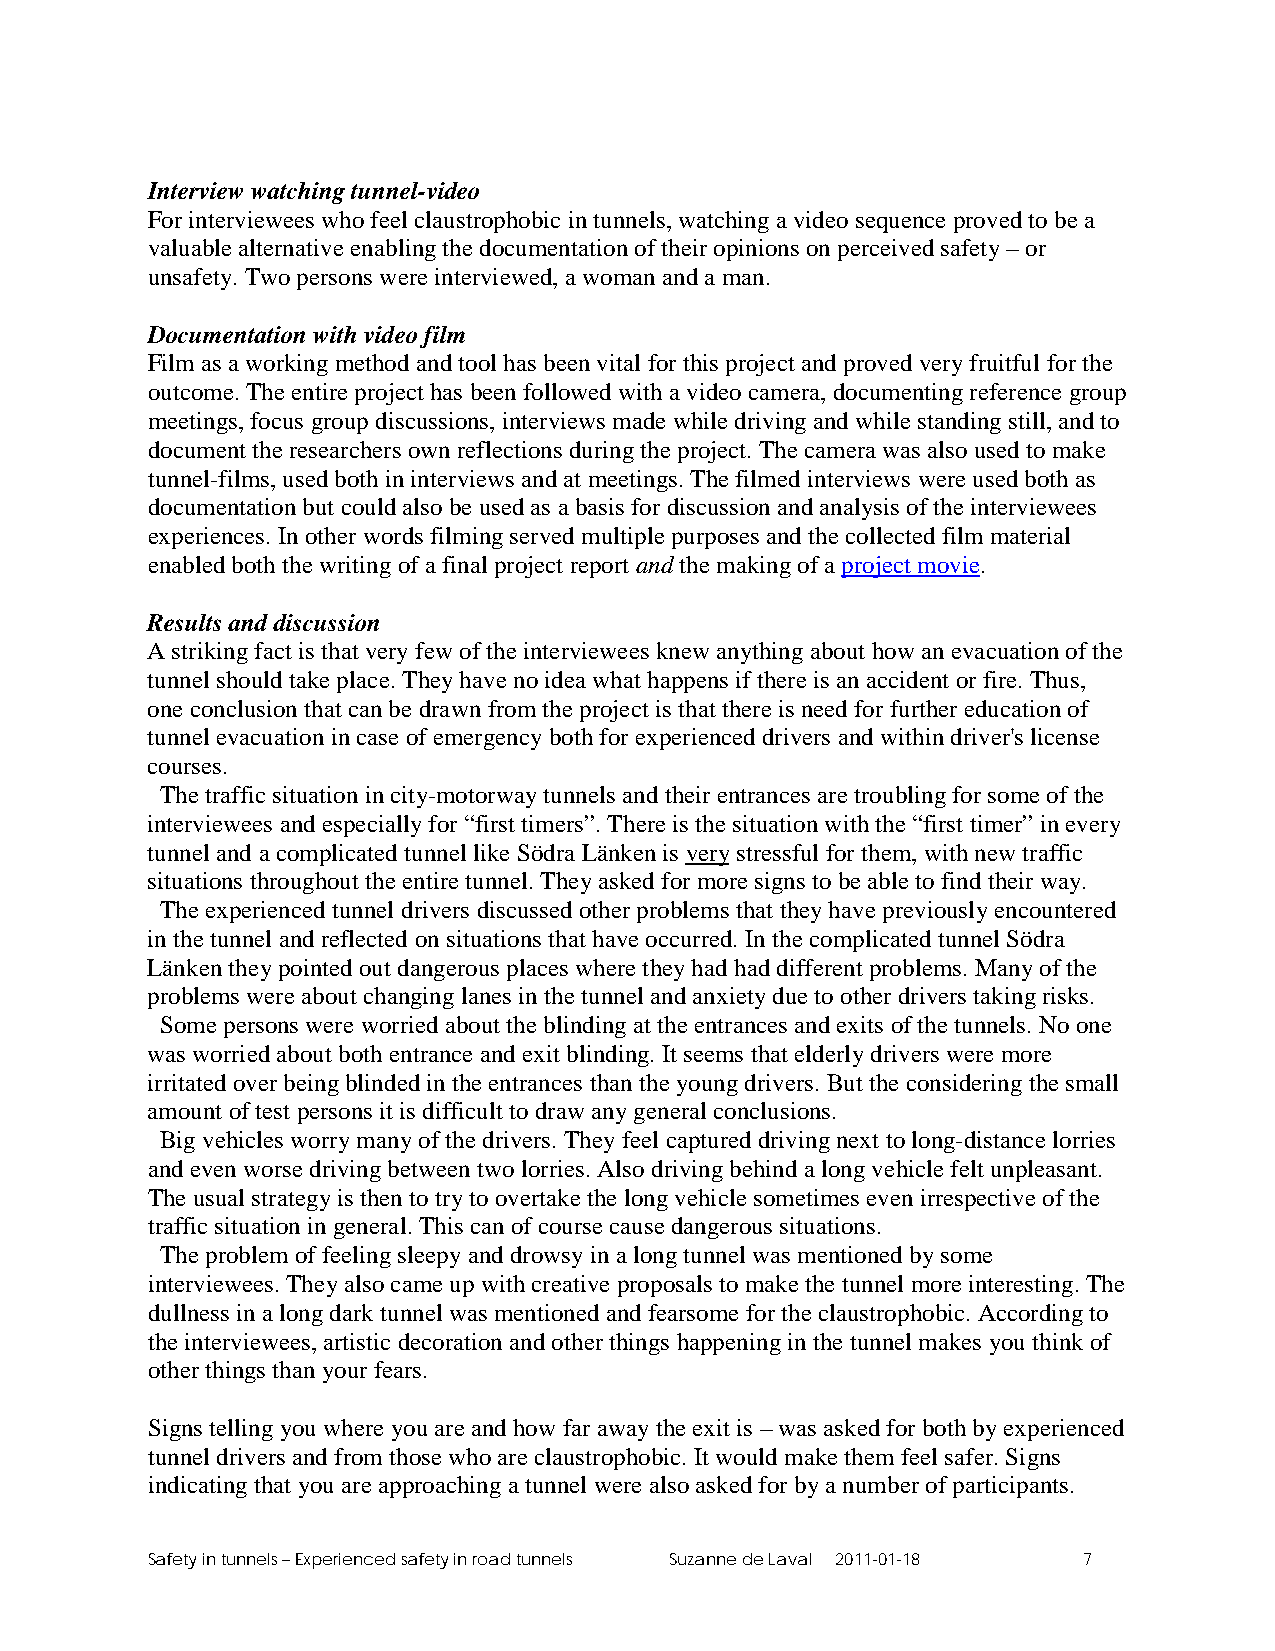
Interview watching tunnel-video
 For interviewees who feel claustrophobic in tunnels, watching a video sequence proved to be a
 valuable alternative enabling the documentation of their opinions on perceived safety – or
 unsafety. Two persons were interviewed, a woman and a man.
 Documentation with video film
 Film as a working method and tool has been vital for this project and proved very fruitful for the
 outcome. The entire project has been followed with a video camera, documenting reference group
 meetings, focus group discussions, interviews made while driving and while standing still, and to
 document the researchers own reflections during the project. The camera was also used to make
 tunnel-films, used both in interviews and at meetings. The filmed interviews were used both as
 documentation but could also be used as a basis for discussion and analysis of the interviewees
 experiences. In other words filming served multiple purposes and the collected film material
 enabled both the writing of a final project report and the making of a project movie.
 Results and discussion
 A striking fact is that very few of the interviewees knew anything about how an evacuation of the
 tunnel should take place. They have no idea what happens if there is an accident or fire. Thus,
 one conclusion that can be drawn from the project is that there is need for further education of
 tunnel evacuation in case of emergency both for experienced drivers and within driver's license
 courses.
 The traffic situation in city-motorway tunnels and their entrances are troubling for some of the
 interviewees and especially for “first timers”. There is the situation with the “first timer” in every
 tunnel and a complicated tunnel like Södra Länken is very stressful for them, with new traffic
 situations throughout the entire tunnel. They asked for more signs to be able to find their way.
 The experienced tunnel drivers discussed other problems that they have previously encountered
 in the tunnel and reflected on situations that have occurred. In the complicated tunnel Södra
 Länken they pointed out dangerous places where they had had different problems. Many of the
 problems were about changing lanes in the tunnel and anxiety due to other drivers taking risks.
 Some persons were worried about the blinding at the entrances and exits of the tunnels. No one
 was worried about both entrance and exit blinding. It seems that elderly drivers were more
 irritated over being blinded in the entrances than the young drivers. But the considering the small
 amount of test persons it is difficult to draw any general conclusions.
 Big vehicles worry many of the drivers. They feel captured driving next to long-distance lorries
 and even worse driving between two lorries. Also driving behind a long vehicle felt unpleasant.
 The usual strategy is then to try to overtake the long vehicle sometimes even irrespective of the
 traffic situation in general. This can of course cause dangerous situations.
 The problem of feeling sleepy and drowsy in a long tunnel was mentioned by some
 interviewees. They also came up with creative proposals to make the tunnel more interesting. The
 dullness in a long dark tunnel was mentioned and fearsome for the claustrophobic. According to
 the interviewees, artistic decoration and other things happening in the tunnel makes you think of
 other things than your fears.
 Signs telling you where you are and how far away the exit is – was asked for both by experienced
 tunnel drivers and from those who are claustrophobic. It would make them feel safer. Signs
 indicating that you are approaching a tunnel were also asked for by a number of participants.
 Safety in tunnels – Experienced safety in road tunnels Suzanne de Laval 2011-01-18 7